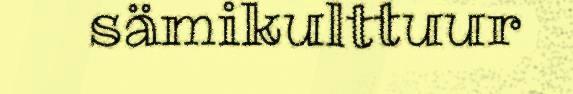
sämikulttuur